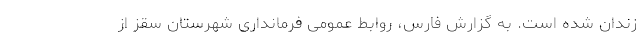
زندان شده است. به گزارش فارس، روابط عمومی فرمانداری شهرستان سقز از